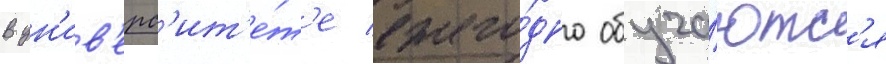
В ун'ив'ерс'ит'е́т'е ежего́дно обуча́ютс'я